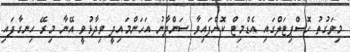
މިވަގުތު ހޮސްޕިޓަލްގައި އެޑްމިޓް ކޮށްފައިވާ ސަންދާނު އަހަންމައިދީ ވިދާޅުވީ އޭނާ މިރޭ ހިނގާފައި